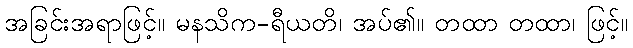
အခြင်းအရာဖြင့်။ မနသိက-ရီယတိ၊ အပ်၏။ တထာ တထာ၊ ဖြင့်။